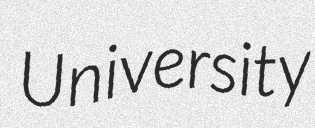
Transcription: University